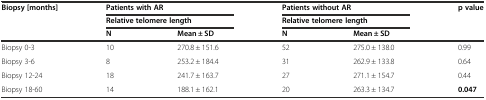
<table><thead><tr><td><b>Biopsy [months]</b></td><td colspan="2"><b>Patients with AR</b></td><td colspan="2"><b>Patients without AR</b></td><td><b>p value</b></td></tr><tr><td rowspan="2"></td><td colspan="2"><b>Relative telomere length</b></td><td colspan="2"><b>Relative telomere length</b></td><td rowspan="2"></td></tr><tr><td><b>N</b></td><td><b>Mean ± SD</b></td><td><b>N</b></td><td><b>Mean ± SD</b></td></tr></thead><tbody><tr><td>Biopsy 0-3</td><td>10</td><td>270.8 ± 151.6</td><td>52</td><td>275.0 ± 138.0</td><td>0.99</td></tr><tr><td>Biopsy 3-6</td><td>8</td><td>253.2 ± 184.4</td><td>31</td><td>262.9 ± 133.8</td><td>0.64</td></tr><tr><td>Biopsy 12-24</td><td>18</td><td>241.7 ± 163.7</td><td>27</td><td>271.1 ± 154.7</td><td>0.44</td></tr><tr><td>Biopsy 18-60</td><td>14</td><td>188.1 ± 162.1</td><td>20</td><td>263.3 ± 134.7</td><td><b>0.047</b></td></tr></tbody></table>